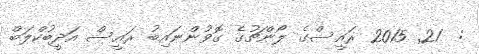
:  21